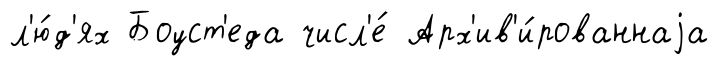
л'ю́д'ях Боуст'еда числ'е́ Арх'ив'и́рованнаjа